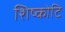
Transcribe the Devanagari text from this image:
शिष्कोटि